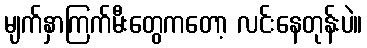
မျက်နှာကြက်မီးတွေကတော့ လင်းနေတုန်းပဲ။